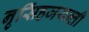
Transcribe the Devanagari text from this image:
नृसिंहजयन्ती